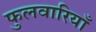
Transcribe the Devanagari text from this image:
फुलवारियाँ